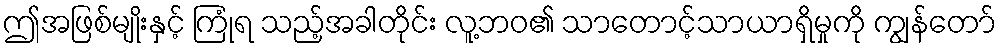
ဤအဖြစ်မျိုးနှင့် ကြုံရ သည့်အခါတိုင်း လူ့ဘဝ၏ သာတောင့်သာယာရှိမှုကို ကျွန်တော်